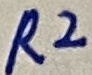
Text: R2